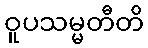
ဝူပသမ္မတီတိ